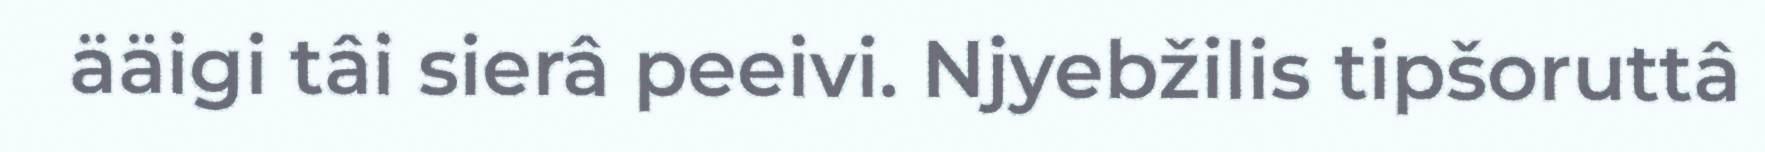
ääigi tâi sierâ peeivi. Njyebžilis tipšoruttâ